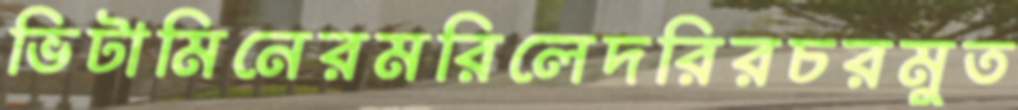
ভিটামিনেরমরিলেদরিরচরমুত